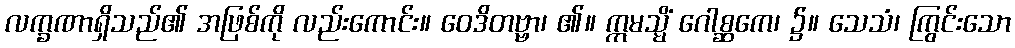
လက္ခဏာရှိသည်၏ အဖြစ်ကို လည်းကောင်း။ ဝေဒိတဗ္ဗာ၊ ၏။ ဣမသ္မိံ ဂေါစ္ဆကေ၊ ၌။ သေသံ၊ ကြွင်းသော